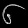
Digit: ၆